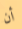
أن